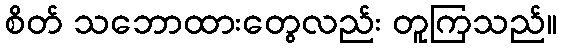
စိတ် သဘောထားတွေလည်း တူကြသည်။